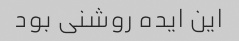
این ایده روشنی بود